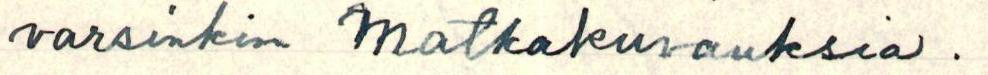
varsinkin matkakuvauksia.